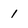
Character: 1